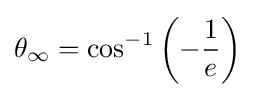
\theta _{\infty }=\cos ^{-1}\left(-{\frac {1}{e}}\right)